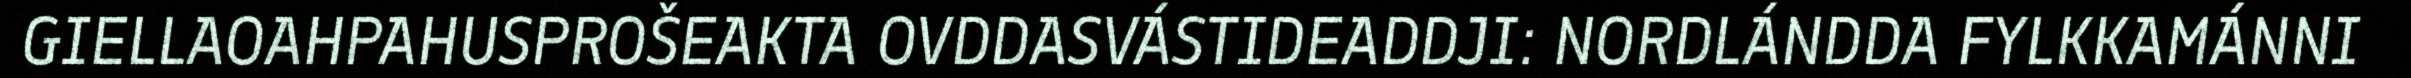
GIELLAOAHPAHUSPROŠEAKTA OVDDASVÁSTIDEADDJI: NORDLÁNDDA FYLKKAMÁNNI